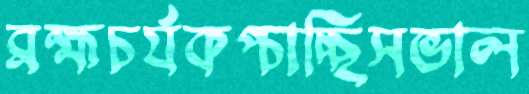
ব্রহ্মচর্যকপ্‌চাচ্ছিসভাল